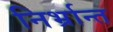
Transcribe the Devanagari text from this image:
निर्भ्रान्त